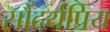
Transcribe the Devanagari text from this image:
सौंदर्यप्रिय